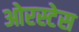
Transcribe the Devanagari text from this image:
ओरस्टेस